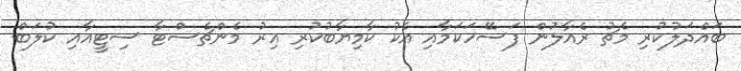
ބައްދަލުކުރި މެޗު ރެއާލުން ފަސޭހަކަމާއި އެކު ކާމިޔާބުކުރި އިރު މެންޗެސްޓާ ސިޓީއާއި ކުލަބް